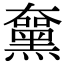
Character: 𪑵